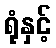
ရုံနှင့်